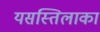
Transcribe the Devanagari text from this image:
यसस्तिलाका